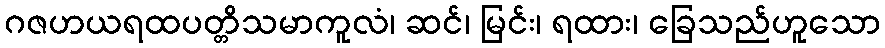
ဂဇဟယရထပတ္တိသမာကူလံ၊ ဆင်၊ မြင်း၊ ရထား၊ ခြေသည်ဟူသော